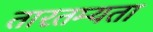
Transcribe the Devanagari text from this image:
तारतम्‍यता